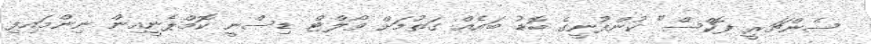
ސެންޗަރީ ފޮކްސް" ކުންފުނީގެ ބޮޑު ބައެއް ގަތުމަށް ވޯލްޓް ޑިސްނީ ކޮމްޕެނީއިން ނިންމައިފި